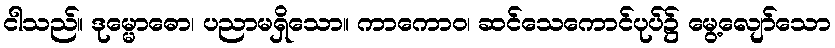
ငါသည်။ ဒုမ္မောဓော၊ ပညာမရှိသော။ ကာကောဝ၊ ဆင်သေကောင်ပုပ်၌ မွေ့လျော်သော